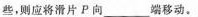
些，则应将滑片P向___端移动。